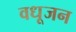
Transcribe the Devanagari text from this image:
वधूजन